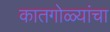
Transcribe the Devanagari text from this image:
कातगोळ्यांचा